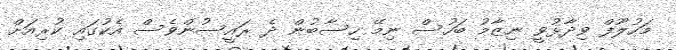
މަހުލޫފް ވިދާޅުވީ ނިޒާމު ބަހުސް ނިމޭ ހިސާބުން ދެ ރައީސުންވެސް އެކުގައި ކުރިއަށް